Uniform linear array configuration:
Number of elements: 4
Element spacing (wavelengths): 0.75
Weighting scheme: blackman
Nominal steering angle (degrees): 15
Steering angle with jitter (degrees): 13.653
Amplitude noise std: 0.05
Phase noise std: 0.05

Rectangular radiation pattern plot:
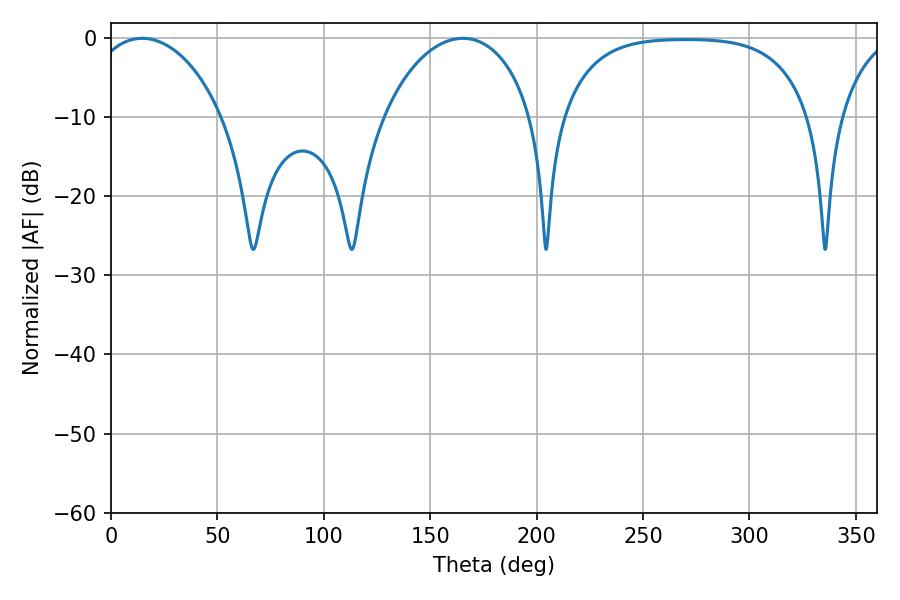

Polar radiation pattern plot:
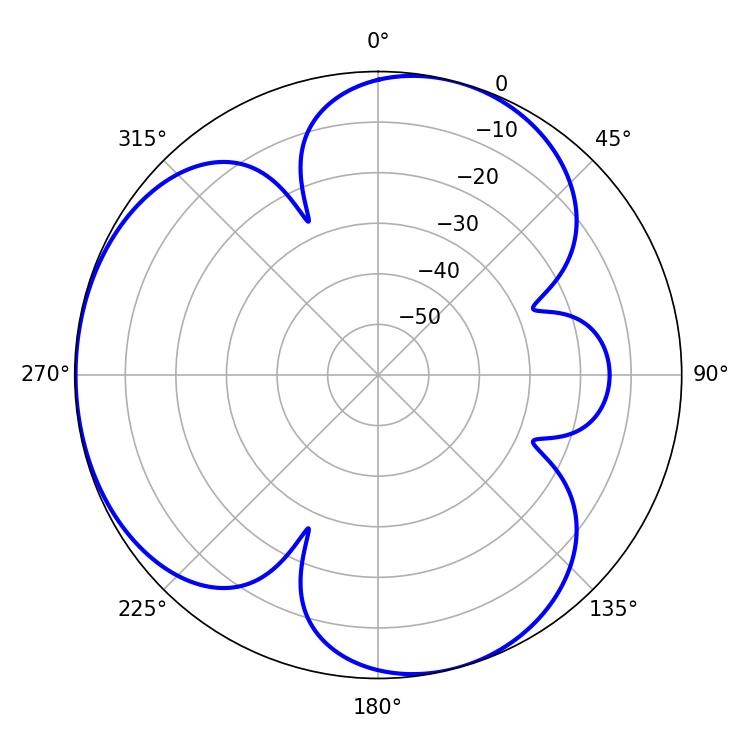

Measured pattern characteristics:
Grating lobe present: TRUE
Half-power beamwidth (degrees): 35.82
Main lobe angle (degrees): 14.58